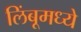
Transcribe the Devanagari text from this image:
लिंबूमध्ये